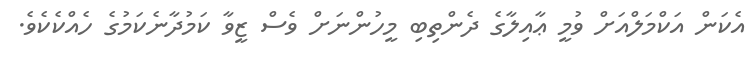
އެކަން އަކްމަލްއަށް ވުމީ ޢާއިލާގެ ދެންތިބި މީހުންނަށް ވެސް ޒީވާ ކަމުދާނެކަމުގެ ހެއްކެކެވެ.